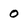
Character: 0